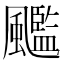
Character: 𲋌